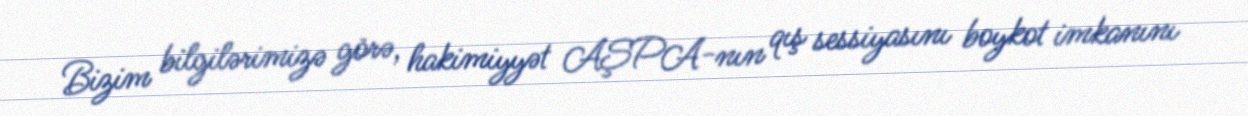
Bizim bilgilərimizə görə, hakimiyyət AŞPA-nın qış sessiyasını boykot imkanını